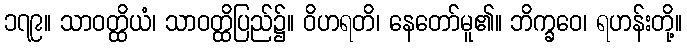
၁၇၉။ သာဝတ္ထိယံ၊ သာဝတ္ထိပြည်၌။ ဝိဟရတိ၊ နေတော်မူ၏။ ဘိက္ခဝေ၊ ရဟန်းတို့။